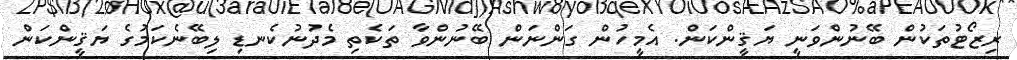
ރިޒޯޓުތަކުން ބޭނުންވަނީ ޔަޤީންކަން. އެމީހުން ގަންނަން ބޭނުންވާ ތަކެތި މެދުނުކެނޑި ލިބޭނެކަމުގެ ޔަޤީންކަން